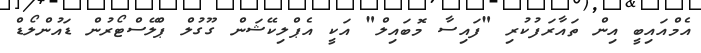
އެމްއައިބީ އިން ތައާރަފުކުރި "ފައިސާ މޮބައިލް" އަކީ އެޕްލިކޭޝަން ގޫގުލް ޕްލޭސްޓޯރުން ޑައުންލޯޑް